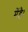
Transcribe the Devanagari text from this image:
मेंहै।